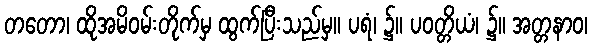
တတော၊ ထိုအမိဝမ်းတိုက်မှ ထွက်ပြီးသည်မှ။ ပရံ၊ ၌။ ပဝတ္တိယံ၊ ၌။ အတ္တနာဝ၊